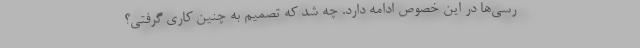
رسی‌ها در این خصوص ادامه دارد. چه شد که تصمیم به چنین کاری گرفتی؟